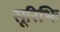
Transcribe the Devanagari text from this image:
सूरिभिः